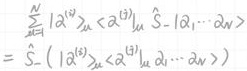
$\sum_{\mu=1}^{N}|\alpha|_{\mathcal{M}}^{(2)}\langle\alpha\rangle_{\mathcal{M}}^{(1)} \hat{S}_{-}|\alpha_{1} \cdots \alpha_{N}\rangle=\hat{S}_{-}(|\alpha|_{\mathcal{M}}^{(2)}\langle\alpha\rangle_{\mathcal{M}}^{(1)}|\alpha_{1} \cdots \alpha_{N}\rangle)$